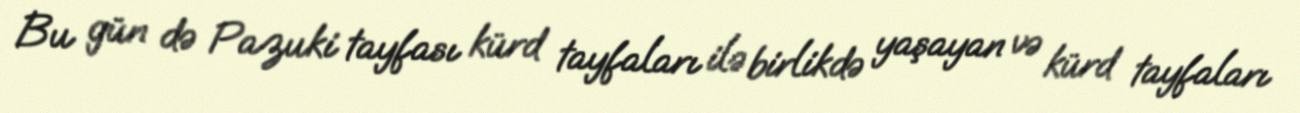
Bu gün də Pazuki tayfası kürd tayfaları ilə birlikdə yaşayan və kürd tayfaları